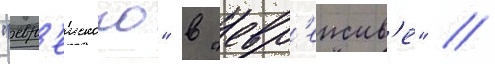
"евр'еиского" в "евр'еиств'е" //